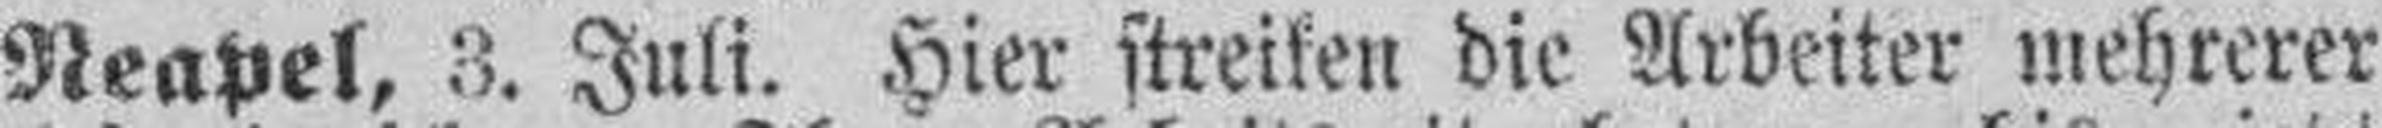
Neapel, 3. Juli. Hier streiken die Arbeiter mehrerer